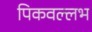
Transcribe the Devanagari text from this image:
पिकवल्लभ